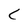
Character: C